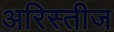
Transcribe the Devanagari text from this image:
अरिस्तीज